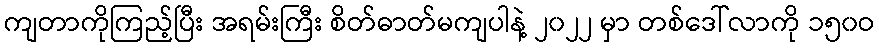
ကျတာကိုကြည့်ပြီး အရမ်းကြီး စိတ်ဓာတ်မကျပါနဲ့ ၂၀၂၂ မှာ တစ်ဒေါ်လာကို ၁၅၀ဝ